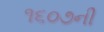
૧૬૦૭ની